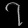
Digit: ၇